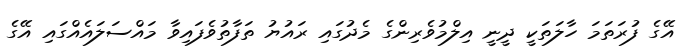
އޭގެ ފުރަތަމަ ހާލަތަކީ ދީނީ އިލްމުވެރިންގެ މެދުގައި ރައުޔު ތަފާތުވެފައިވާ މައްސަލަައެއްގައި އޭގެ